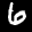
Label: 6